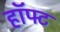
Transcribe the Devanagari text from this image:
हॉफ्ट